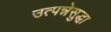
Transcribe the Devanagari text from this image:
उत्पन्नेसुद्धा